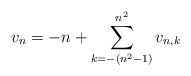
\begin{align*} v_n = - n + \sum_{k=-(n^2 - 1)}^{n^2} v_{n,k} \end{align*}